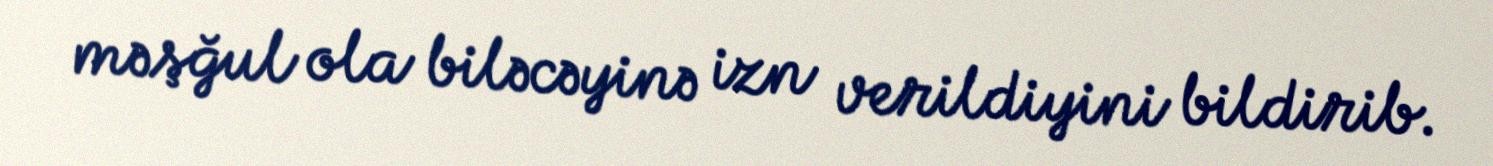
məşğul ola biləcəyinə izn verildiyini bildirib.